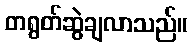
တရွတ်ဆွဲချလာသည်။